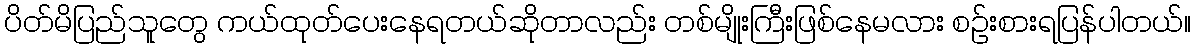
ပိတ်မိပြည်သူတွေ ကယ်ထုတ်ပေးနေရတယ်ဆိုတာလည်း တစ်မျိုးကြီးဖြစ်နေမလား စဉ်းစားရပြန်ပါတယ်။